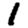
Digit: 1